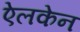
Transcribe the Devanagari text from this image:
ऐलकेन